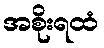
အစိုးရထံ